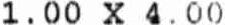
1.00 X 4.00